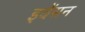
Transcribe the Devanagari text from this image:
इवेंसन